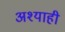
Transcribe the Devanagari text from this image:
अश्याही